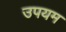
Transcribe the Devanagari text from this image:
उपयम